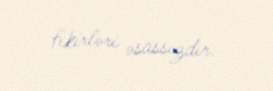
fikirləri əsassızdır.